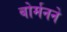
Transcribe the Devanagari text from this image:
बोर्मनने